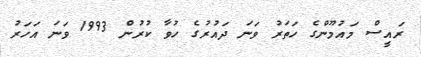
ރައީސް މައުމޫންގެ ހަތަރު ވަނަ ދައުރުގެ ހުވާ ކުރުން 1993 ވަނަ އަހަރު